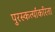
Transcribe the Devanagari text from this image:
पुरस्कर्त्यांकरिता